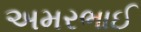
અમરભાઈ